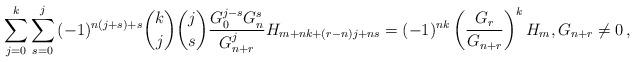
LaTeX: \begin{align*}\sum_{j = 0}^k {\sum_{s = 0}^j {( - 1)^{n(j + s) + s} \binom kj\binom js\frac{{G_0 ^{j - s} G_n ^s }}{{G_{n + r} ^j }}H_{m + nk + (r - n)j + ns} } } = ( - 1)^{nk} \left( {\frac{{G_r }}{{G_{n + r} }}} \right)^k H_m,G_{n+r}\ne 0\,,\end{align*}